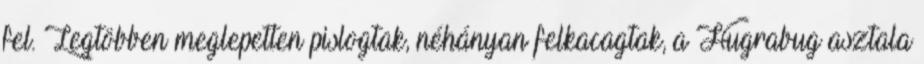
fel. Legtöbben meglepetten pislogtak, néhányan felkacagtak, a Hugrabug asztala